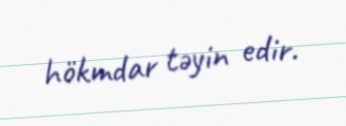
hökmdar təyin edir.